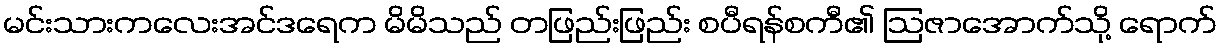
မင်းသားကလေးအင်ဒရေက မိမိသည် တဖြည်းဖြည်း စပီရန်စကီ၏ ဩဇာအောက်သို့ ရောက်